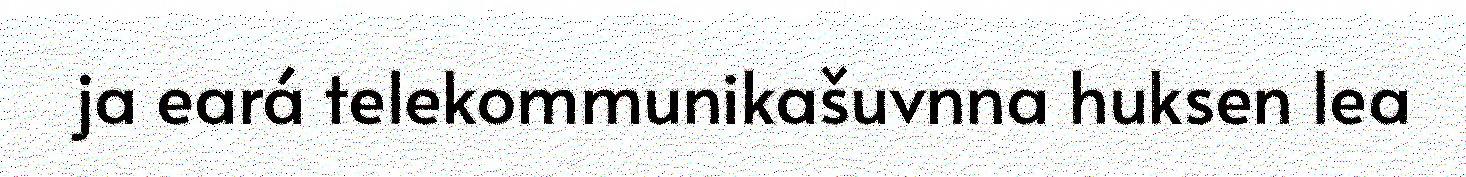
ja eará telekommunikašuvnna huksen lea